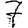
Digit: 7